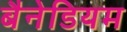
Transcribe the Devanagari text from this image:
बैनेडियम